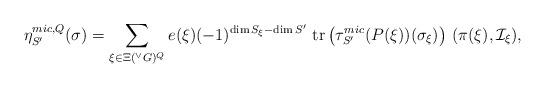
LaTeX: \begin{align*} \eta_{S'}^{mic,Q}(\sigma ) = \sum_{\xi \in \Xi({^\vee}G)^{Q}} e(\xi)(-1)^{\dim S_{\xi} - \dim S' }\ \mathrm{tr}\left( \tau_{S'}^{mic}(P(\xi))(\sigma_{\xi })\right) \, (\pi(\xi), \mathcal{I}_{\xi}) ,\end{align*}